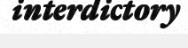
interdictory